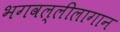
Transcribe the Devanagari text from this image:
भगवल्लीलागान